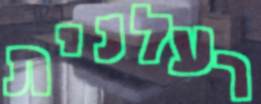
רעלנית